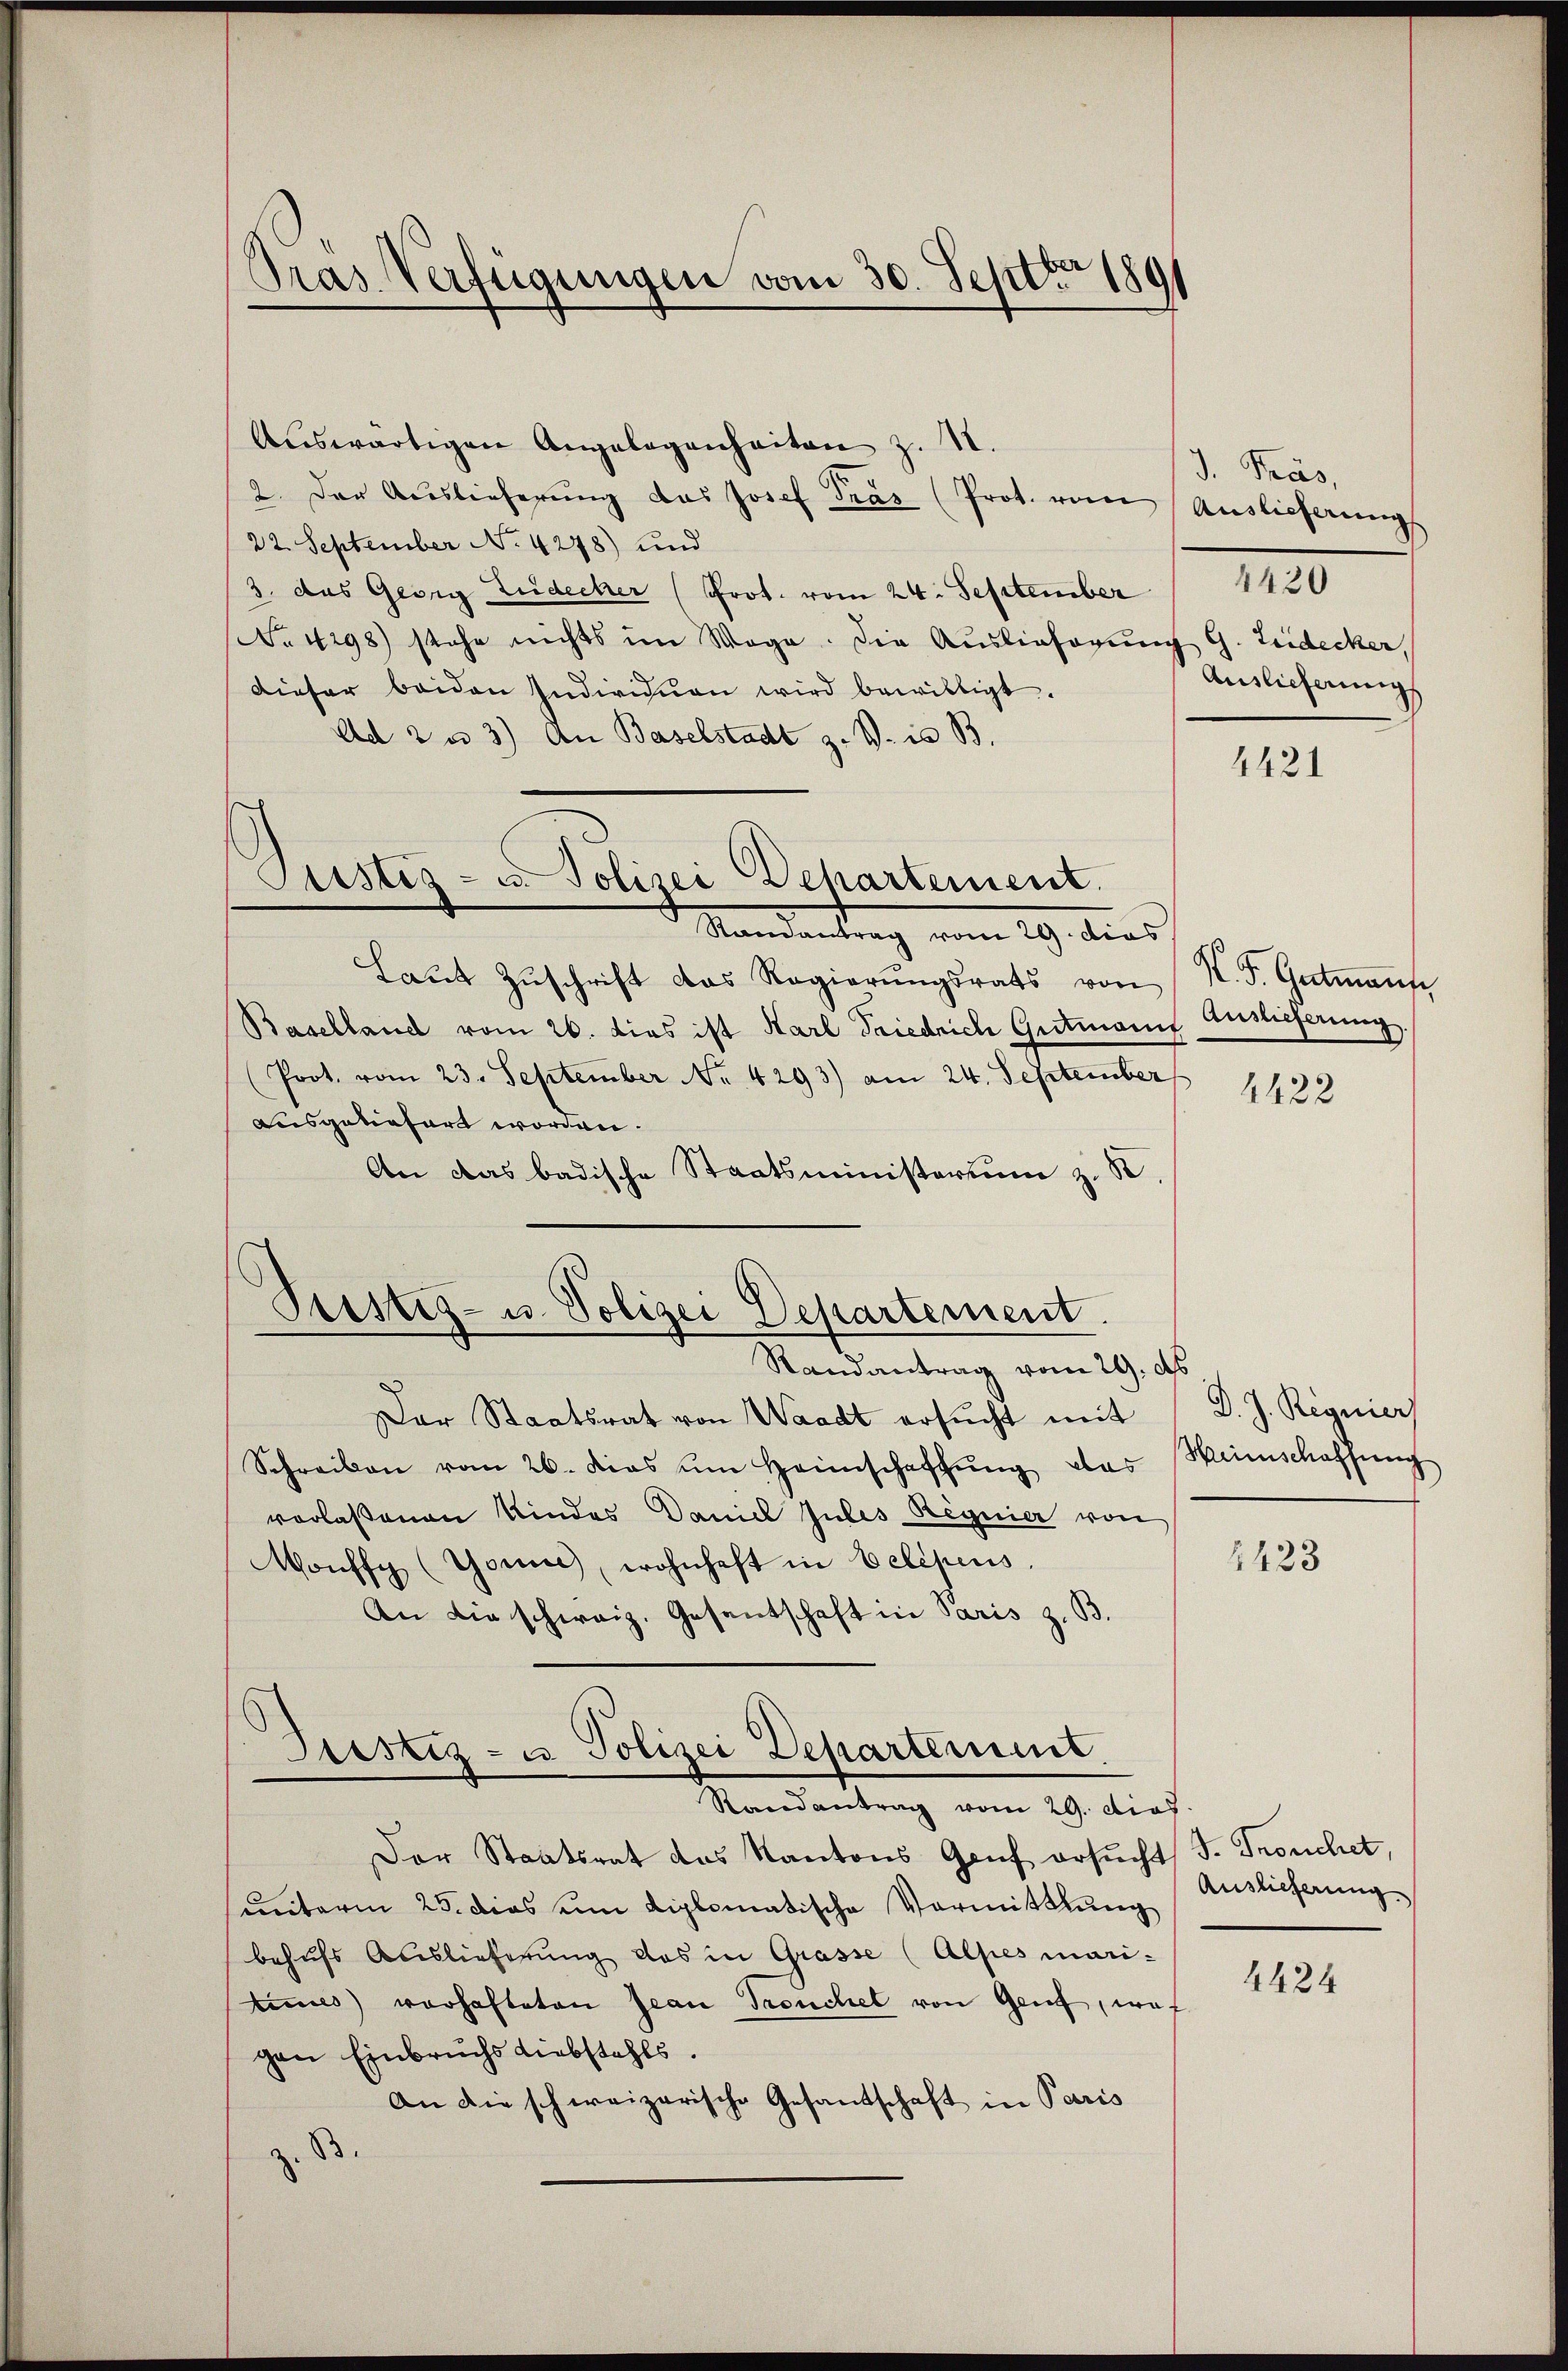
Pras Verfügungen vom 30. Sept. 1891

Auswärtigen Angelegenheiten z. B.
2. Der Auslieferŭng das Josef Gras (Prot. vom Auslieferungs
22. September No. 4278) und
3. das Georg Ludecker (Prot. vom 24. September
No 1298) stehe nichts im Wege. Die Auslieferung G. Leidecker
dieser beiden Individuen wird bewilligt.
Ad 2 u 3) An Baselstadt z. B. is B.
Standentrag vom 19. dies
Laŭt Zŭschrift das Regierŭngsrats von
Baselland vom 26. dies ist Karl Friedrich Gutmanns
Prot. vom 23. September Nr. 4293) am 24. September
ausgeliefert worden.
An das badische Staatsministerium z. R.
Randantrag vom 29. ds
Der Staatsrat von Waadt ersucht mit
Schreiben vom 26. dies um Heimschaffung, das
verlaßenen Kindes Daniel Jules Regnier von
Monffy (Gomie, wohnhaft in Belegens
An die schweiz. Gesantschaft in Paris z. B.
Justiz- u. Polizei Departement.
Randantrag vom 29. dies
Der Staatsrat das Kantons Genf ersŭcht
ueterm 25. dies um diplomatische Vormittlung
behufs Auslieferung das in Grasse (Alpes mari-
binets vorhafteten Jean Treuchel von Genf, was
gen Einbruchs Liebstahls.
An die schweizerische Gesandschaft in Paris
B.

Custiz- u. Polizei Departement.

Ptistiz- u. Polizei Departement.

J. Präs
Auslieferung

1420

4421

V. P. Gutmanns
Auslieferung.

4422

D. J. Regnier)
Heimschaffung

1423

J. Trouchet,
Auslieferung

4424